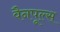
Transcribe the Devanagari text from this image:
वैनपूल्स